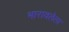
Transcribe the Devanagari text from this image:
भारावलेला